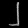
Digit: ၂